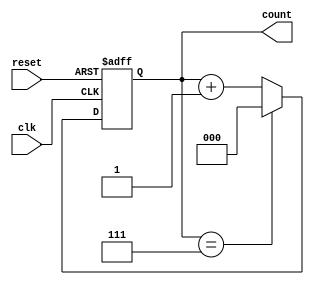
module mod_n_async_counter(
    input  wire clk,      // Clock signal
    input  wire reset,    // Asynchronous reset signal
    output reg [2:0] count // Count output (3 bits for Mod-8)
);

parameter N = 8; // Define the Mod value (for a Mod-8 counter)

// Always block for the counter logic
always @(posedge clk or posedge reset) begin
    if (reset) begin
        count <= 3'b000; // Initialize counter to 0 on reset
    end else begin
        if (count == (N - 1)) begin
            count <= 3'b000; // Reset counter if it reaches N
        end else begin
            count <= count + 1; // Increment counter
        end
    end
end

endmodule